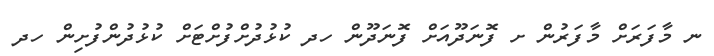
ނ މާފަރަށް މާފަރުން ށ ފޮނަދޫއަށް ފޮނަދޫން ހދ ކުޅުދުށްފުށްޓަށް ކުޅުދުންފުށިން ހދ